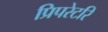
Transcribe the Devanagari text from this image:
प्रिपरेटरि